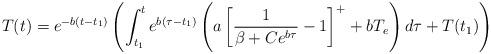
LaTeX: \begin{align*}T(t)= e^{-b(t-{t_1})} \left(\int_{t_1}^{t} e^{b(\tau-t_1)} \left(a\left[\frac{1}{\beta + Ce^{b\tau}} - 1\right]^+ + bT_e\right) d \tau + T(t_1) \right)\end{align*}